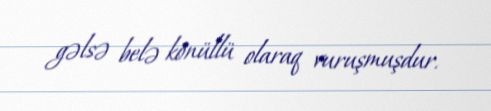
gəlsə belə könüllü olaraq vuruşmuşdur.